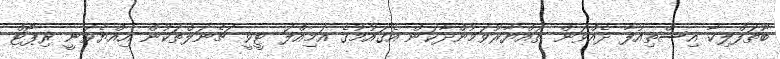
ބޫތަފްލިކާ އިސްތިއުފާ ދެއްވަން ތައްޔާރުވަމުންދާކަން އެގައުމުގެ އަމިއްލަ ޓީވީ ޗެނަލްތަކުން އިއްޔެވަނީ ރިޕޯޓް